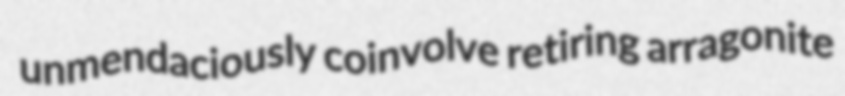
unmendaciously coinvolve retiring arragonite